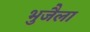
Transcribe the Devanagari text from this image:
भुजैला